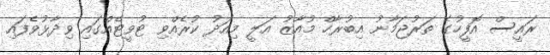
ރައީސް އޮފީހުގެ ތަރުޖަމާނު އިބުރާހް މުއާޒު އަލީ މިއަދު ކުރެއްވި ޓުވީޓެއްގައި ވިދާޅުވެފައި